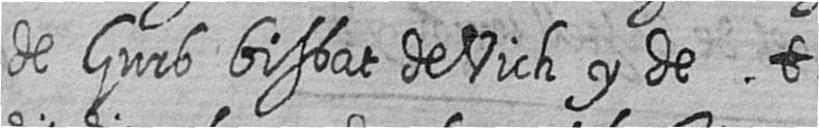
de Gurb bisbat de Vich y de t